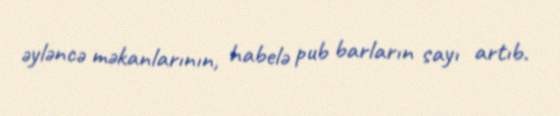
əyləncə məkanlarının, habelə pub barların sayı artıb.